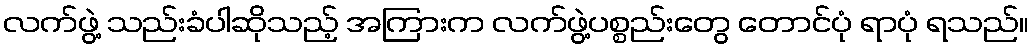
လက်ဖွဲ့ သည်းခံပါဆိုသည့် အကြားက လက်ဖွဲ့ပစ္စည်းတွေ တောင်ပုံ ရာပုံ ရသည်။